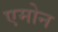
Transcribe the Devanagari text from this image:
एमोन